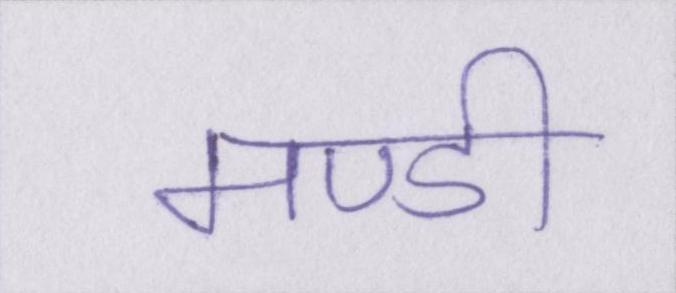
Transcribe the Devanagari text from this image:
मण्डी